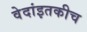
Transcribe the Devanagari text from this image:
वेदांइतकीच